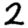
Digit: 2